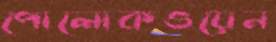
পোলোকওয়েন